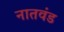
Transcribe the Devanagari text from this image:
नातवंड